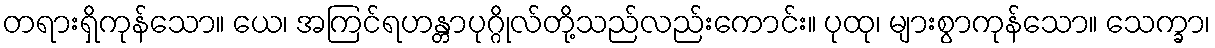
တရားရှိကုန်သော။ ယေ၊ အကြင်ရဟန္တာပုဂ္ဂိုလ်တို့သည်လည်းကောင်း။ ပုထု၊ များစွာကုန်သော။ သေက္ခာ၊